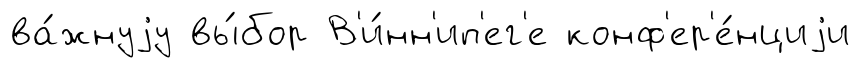
ва́жнуjу вы́бор В'и́нн'ип'ег'е конф'ер'е́нциjи